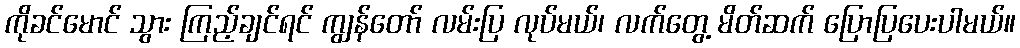
ကိုခင်မောင် သွား ကြည့်ချင်ရင် ကျွန်တော် လမ်းပြ လုပ်မယ်၊ လက်တွေ့ မိတ်ဆက် ပြောပြပေးပါမယ်။